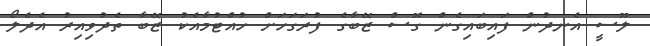
ލޫސީ އެނދުން ފައިބައިގެން ގޮސް ޒޭބާގެ ފުރަގަހަށް ހުއްޓުމާއެކު ޒޭބާ ތެދުވިއިރު އެދެލޯ